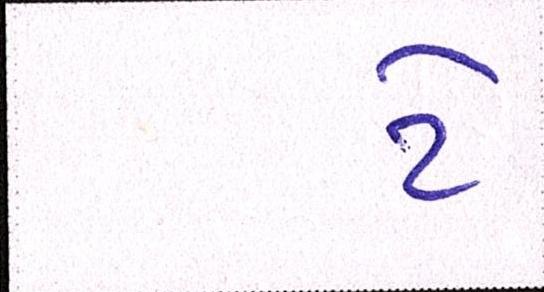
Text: ટે